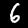
Label: 6